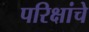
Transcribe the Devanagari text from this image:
परिक्षांचे